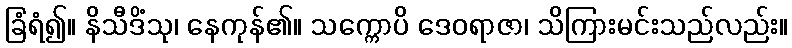
ခြံရံ၍။ နိသီဒိံသု၊ နေကုန်၏။ သက္ကောပိ ဒေဝရာဇာ၊ သိကြားမင်းသည်လည်း။